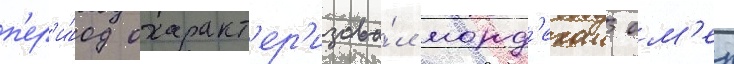
п'ер'и́од охаракт'ер'изова́л морд'ехаи ом'ер